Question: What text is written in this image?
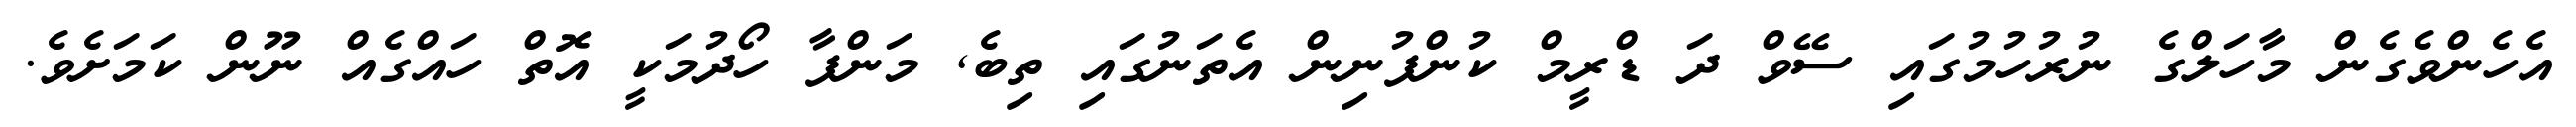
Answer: އެހެންވެގެން މާހަލްގެ ނުރުހުމުގައި ސޭވް ދަ ޑްރީމް ކުންފުނިން އެތަނުގައި ތިބެ, މަންފާ ހޯދުމަކީ އޮތް ހައްގެއް ނޫން ކަމަށެވެ.